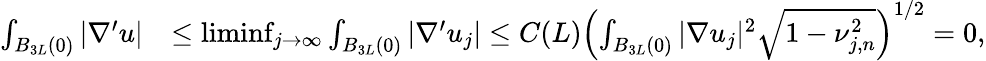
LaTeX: \begin{array}{rl}{\int_{B_{3L}(0)}|\nabla^{\prime}u|}&{\leq\operatorname*{liminf}_{j\rightarrow\infty}\int_{B_{3L}(0)}|\nabla^{\prime}u_{j}|\leq C(L)\left(\int_{B_{3L}(0)}|\nabla u_{j}|^{2}\sqrt{1-\nu_{j,n}^{2}}\right)^{1/2}=0,}\end{array}